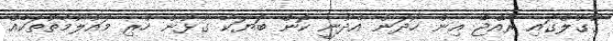
ގޫގުލްގައި ރާއްޖެ އިން ހޯދަން އެދުނީ ކޮން ބަޔަކާ ގުޅުން ހުރި މައުލޫމާތުތަކެއް